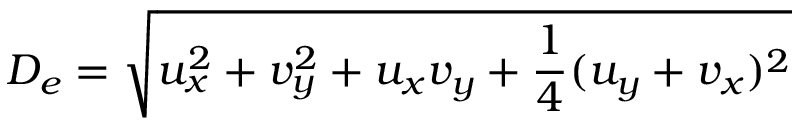
D _ { e } = \sqrt { u _ { x } ^ { 2 } + v _ { y } ^ { 2 } + u _ { x } v _ { y } + \frac { 1 } { 4 } ( u _ { y } + v _ { x } ) ^ { 2 } }